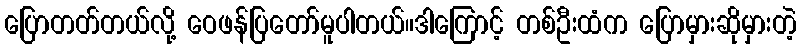
ပြောတတ်တယ်လို့ ဝေဖန်ပြတော်မူပါတယ်။ဒါကြောင့် တစ်ဦးထံက ပြောမှားဆိုမှားတဲ့